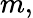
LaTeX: m,